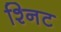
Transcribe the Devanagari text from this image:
श्निट